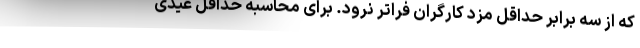
که از سه برابر حداقل مزد کارگران فراتر نرود. برای محاسبه حداقل عیدی